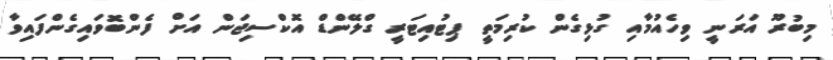
މިބުރޫ އަރަނީ ވިހެއުމާއި ގުޅިގެން ކުރިމަތީ ޕިޓުއިޓަރީ ގްލޭންޑް އޮކްސިޖަން އަށް ފެންބޮވައިގެންފައިވާ